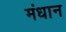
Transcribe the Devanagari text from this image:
मंधान